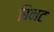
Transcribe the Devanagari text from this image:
बिनट